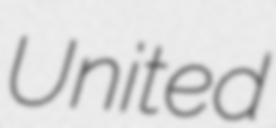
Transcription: United